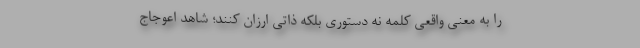
را به معنی واقعی کلمه نه دستوری بلکه ذاتی ارزان کنند؛ شاهد اعوجاج